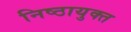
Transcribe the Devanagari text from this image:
निष्ठायुक्त